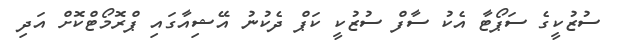
ސުޒުކީގެ ސަޕޯޓާ އެކު ސާފް ސުޒުކީ ކަޕް ދެކުނު އޭޝިއާގައި ޕްރޮމޯޓްކޮށް އަދި